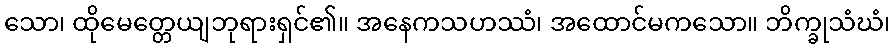
သော၊ ထိုမေတ္တေယျဘုရားရှင်၏။ အနေကသဟဿံ၊ အထောင်မကသော။ ဘိက္ခုသံဃံ၊